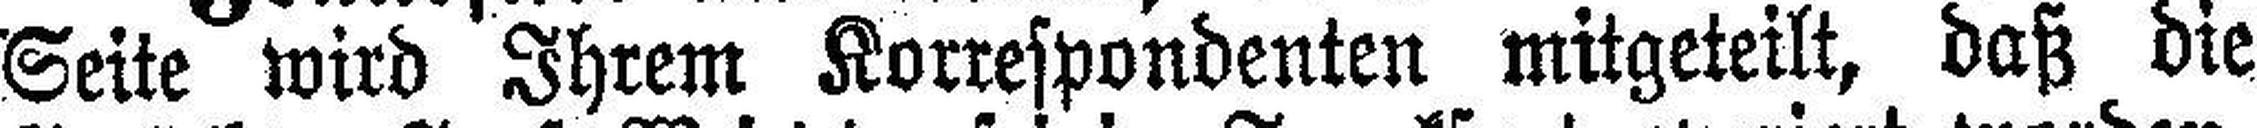
Seite wird Ihrem Korrespondenten mitgeteilt, daß die